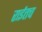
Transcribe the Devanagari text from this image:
राईतच